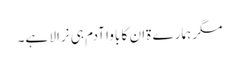
مگر ہمارے ۃان کا باوا آدم ہی نرالا ہے۔